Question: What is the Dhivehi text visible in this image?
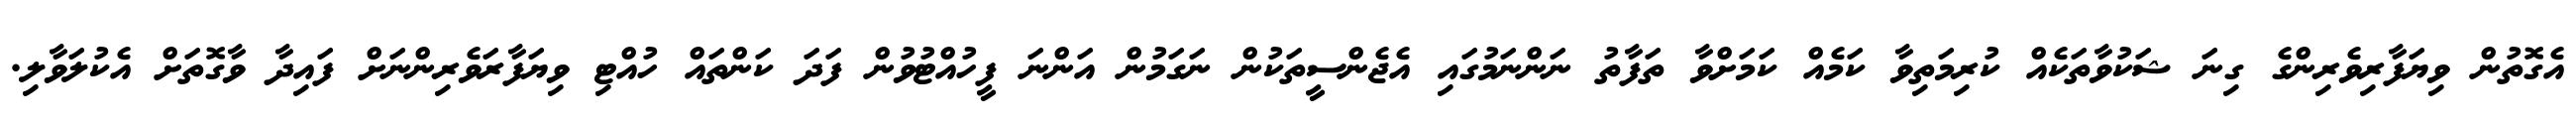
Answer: އެގޮތުން ވިޔަފާރިވެރިންގެ ގިނަ ޝަކުވާތަކެއް ކުރިމަތިވާ ކަމެއް ކަމަށްވާ ތަފާތު ނަންނަމުގައި އެޖެންސީތަކުން ނަގަމުން އަންނަ ފީހުއްޓުވުން ފަދަ ކަންތައް ހުއްޓި ވިޔަފާރަވެރިންނަށް ފައިދާ ވާގޮތަށް އެކުލަވާލި.